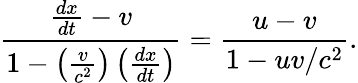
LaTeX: {\frac{{\frac{dx}{dt}}-v}{1-\left({\frac{v}{c^{2}}}\right)\left({\frac{dx}{dt}}\right)}}={\frac{u-v}{1-uv/c^{2}}}.